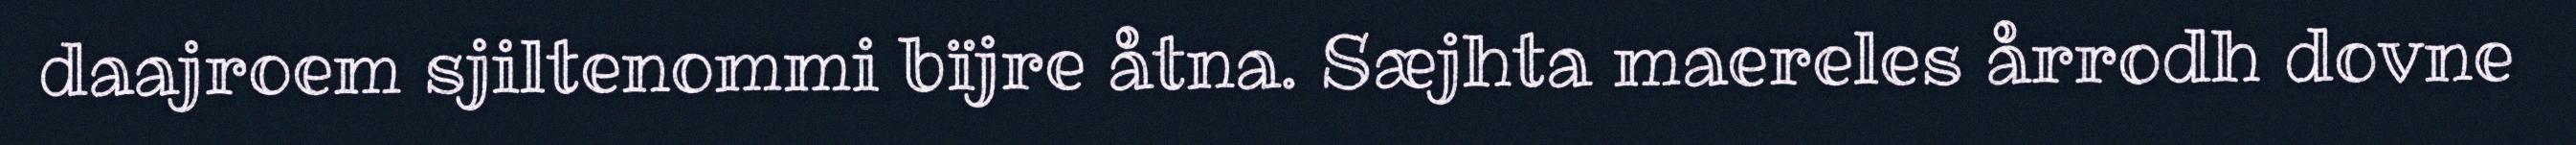
daajroem sjiltenommi bïjre åtna. Sæjhta maereles årrodh dovne